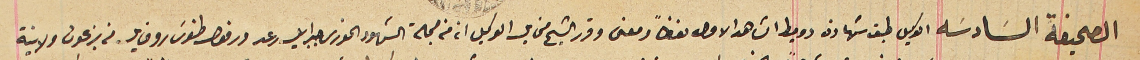
الصحيفة السَادسَه الوكيل طبق شهادة دوميط الشاهد الاول لفظاً ومعنى وقرر الشيح مخايل الوكيل انه من جملة الشهود الخورى جبرايل رعد ورفول طنوس روفايل من بزعون ولا بينة